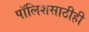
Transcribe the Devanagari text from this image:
पॉलिशसाठीही